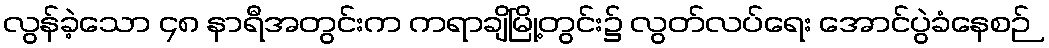
လွန်ခဲ့သော ၄၈ နာရီအတွင်းက ကရာချိမြို့တွင်း၌ လွတ်လပ်ရေး အောင်ပွဲခံနေစဉ်